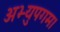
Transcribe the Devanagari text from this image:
अभ्युपगम।